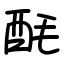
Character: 酕